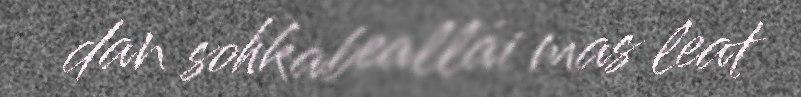
dan sohkabeallái mas leat